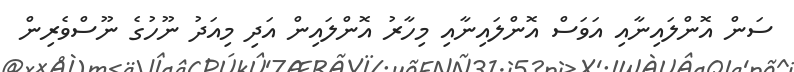
ސަން އޮންލައިނާއި އަވަސް އޮންލައިނާއި މިހާރު އޮންލައިން އަދި މިއަދު ނޫހުގެ ނޫސްވެރިން